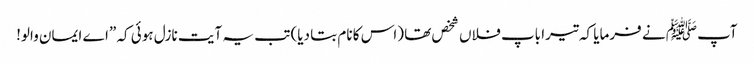
آپﷺ نے فرمایا کہ تیرا باپ فلاں شخص تھا (اس کا نام بتا دیا) تب یہ آیت نازل ہوئی کہ ”اے ایمان والو!